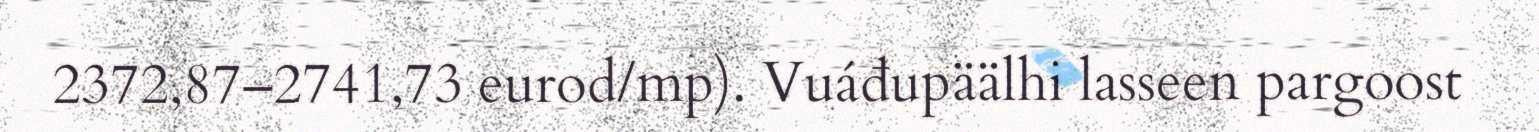
2372,87–2741,73 eurod/mp). Vuáđupäälhi lasseen pargoost